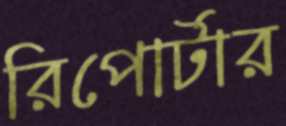
রিপোর্টার